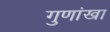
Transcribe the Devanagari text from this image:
गुणांखा